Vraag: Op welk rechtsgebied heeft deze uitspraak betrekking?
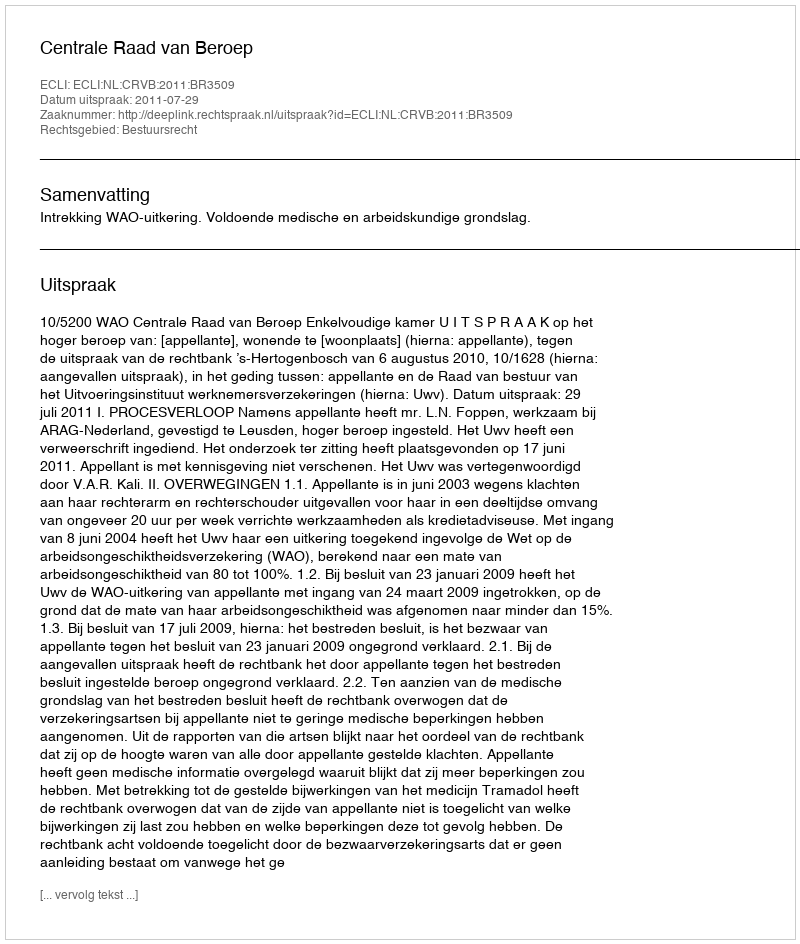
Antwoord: Bestuursrecht